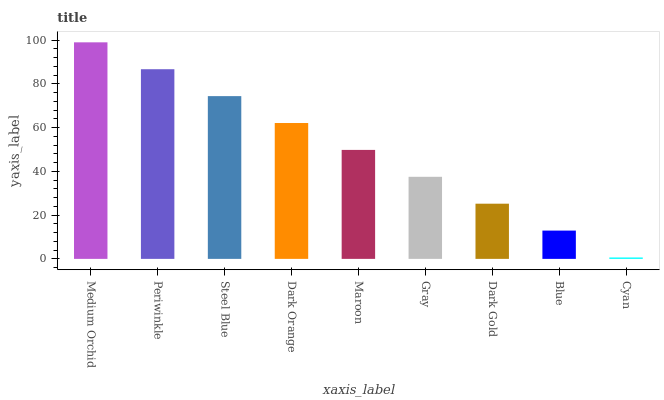
| xaxis_label | bars |
 | --- | --- |
 | Medium Orchid | 99 |
 | Periwinkle | 86.7 |
 | Steel Blue | 74.4 |
 | Dark Orange | 62.1 |
 | Maroon | 49.8 |
 | Gray | 37.5 |
 | Dark Gold | 25.2 |
 | Blue | 12.9 |
 | Cyan | 0.64 |